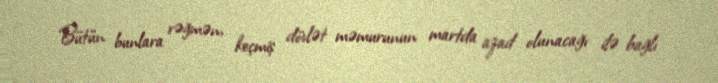
Bütün bunlara rəğmən, keçmiş dövlət məmurunun martda azad olunacağı ilə bağlı